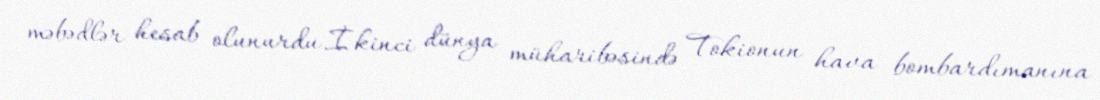
məbədlər hesab olunurdu.İkinci dünya müharibəsində Tokionun hava bombardımanına